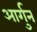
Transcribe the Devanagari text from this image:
आर्गुन